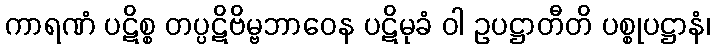
ကာရဏံ ပဋိစ္စ တပ္ပဋိဗိမ္ဗဘာဝေန ပဋိမုခံ ဝါ ဥပဋ္ဌာတီတိ ပစ္စုပဋ္ဌာနံ၊